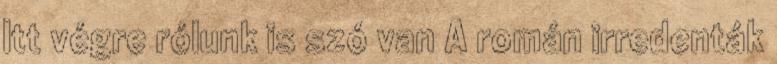
Itt végre rólunk is szó van A román irredenták